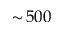
\sim \! 5 0 0